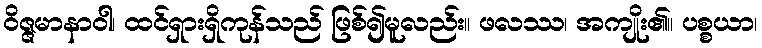
ဝိဇ္ဇမာနာဝါ၊ ထင်ရှားရှိကုန်သည် ဖြစ်၍မူလည်း။ ဖလဿ၊ အကျိုး၏။ ပစ္စယာ၊